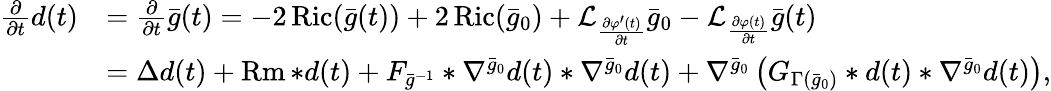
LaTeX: \begin{array}{rl}{\frac{\partial}{\partial t}d(t)}&{=\frac{\partial}{\partial t}\bar{g}(t)=-2\operatorname{Ric}(\bar{g}(t))+2\operatorname{Ric}(\bar{g}_{0})+\mathcal{L}_{\frac{\partial\varphi^{\prime}(t)}{\partial t}}\bar{g}_{0}-\mathcal{L}_{\frac{\partial\varphi(t)}{\partial t}}\bar{g}(t)}\\ &{=\Delta d(t)+\operatorname{Rm}*d(t)+F_{\bar{g}^{-1}}*\nabla^{\bar{g}_{0}}d(t)*\nabla^{\bar{g}_{0}}d(t)+\nabla^{\bar{g}_{0}}\left(G_{\Gamma(\bar{g}_{0})}*d(t)*\nabla^{\bar{g}_{0}}d(t)\right),}\end{array}